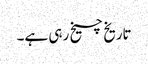
تاریخ چیخ رہی ہے۔